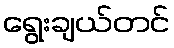
ရွေးချယ်တင်